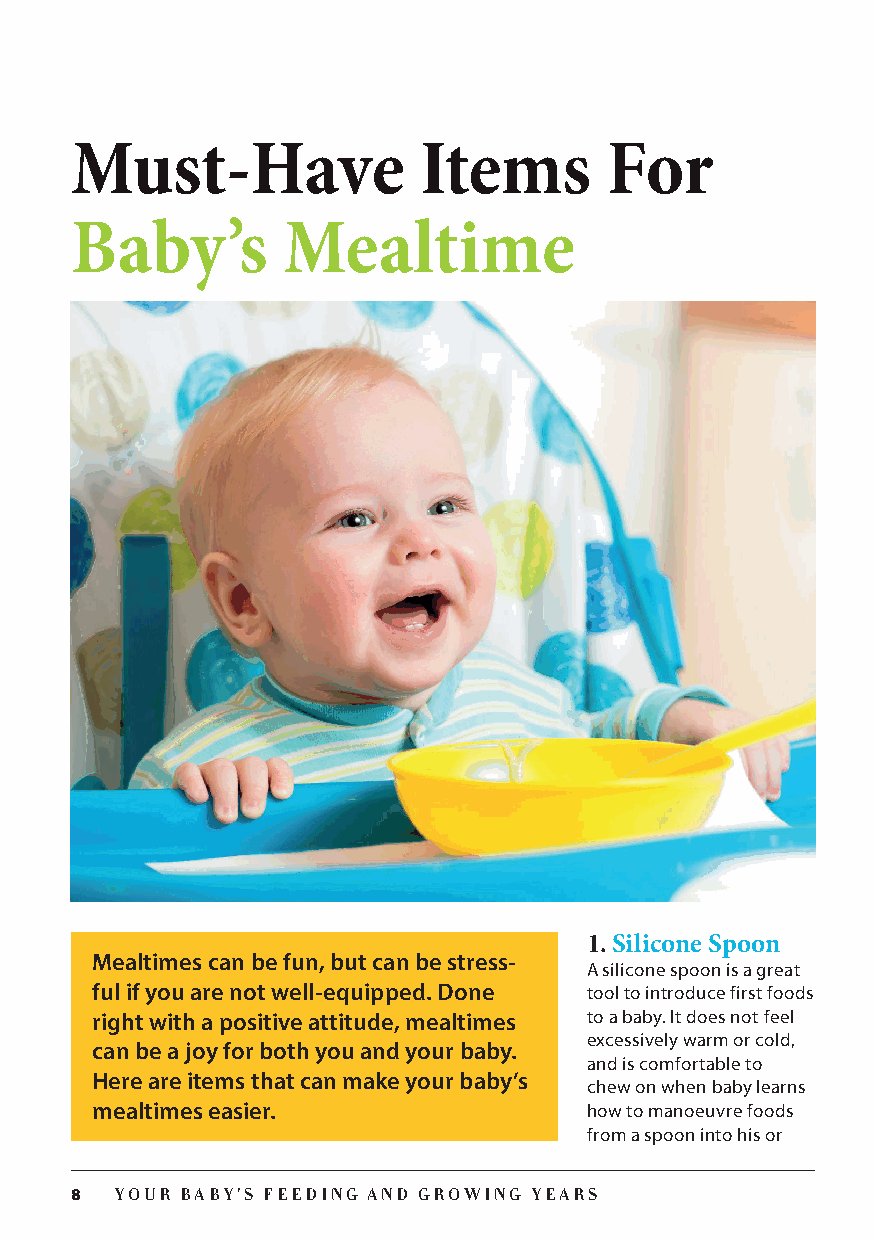
Must-Have              Items       For
 Baby’s        Mealtime
 1. Silicone Spoon
 Mealtimes can be fun, but can be stress-
 A silicone spoon is a great
 ful if you are not well-equipped. Done tool to introduce first foods
 right with a positive attitude, mealtimes to a baby. It does not feel
 excessively warm or cold,
 can be a joy for both you and your baby.
 and is comfortable to
 Here are items that can make your baby’s
 chew on when baby learns
 mealtimes easier.                how to manoeuvre foods
 from a spoon into his or
 8  YOUR BABY’S FEEDING AND GROWING YEARS